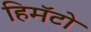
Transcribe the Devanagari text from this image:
हिमॅटो